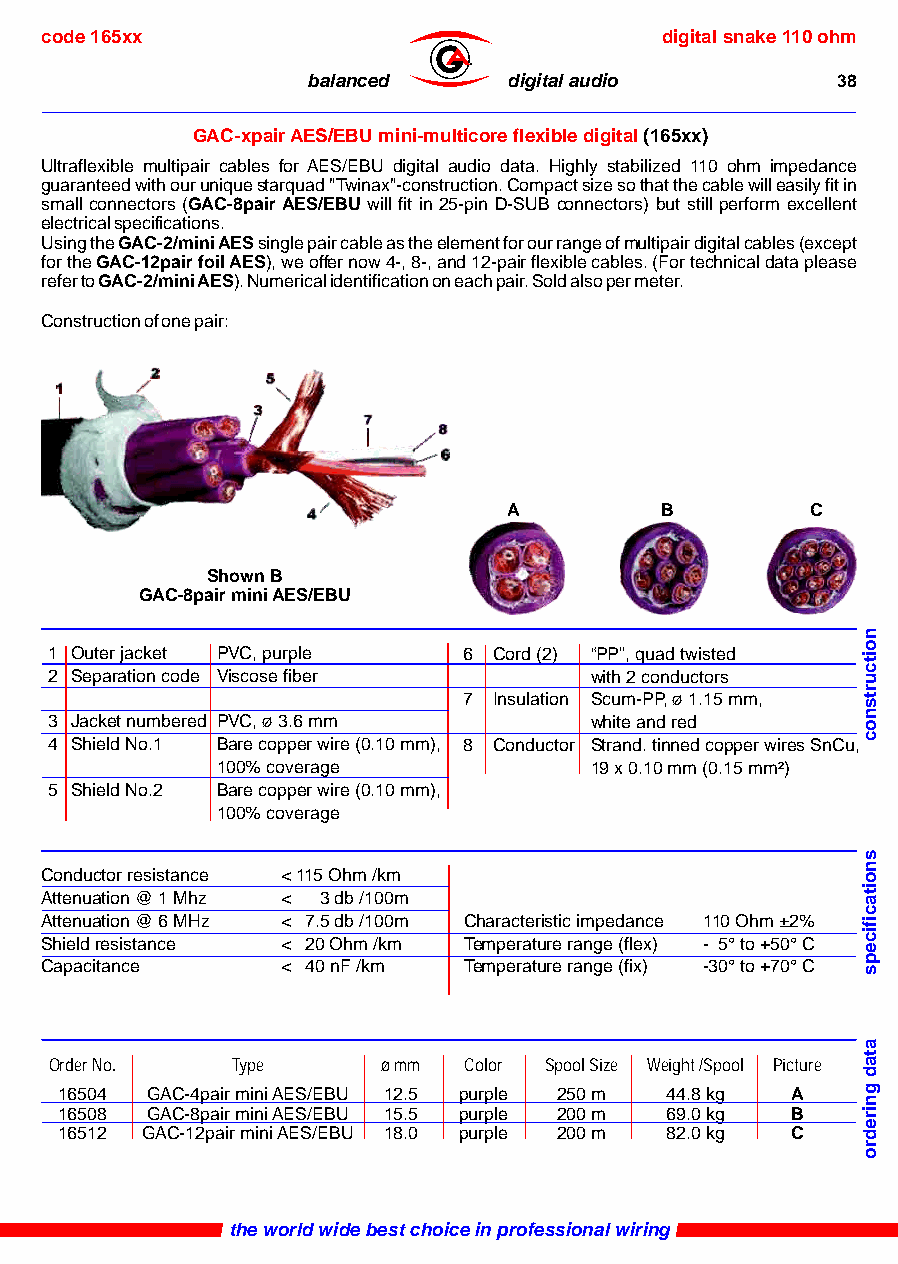
code 165xx                               digital snake 110 ohm
 ®
 balanced      digital audio        38
 GAC-xpair AES/EBU mini-multicore flexible digital (165xx)
 Ultraflexible multipair cables for AES/EBU digital audio data. Highly stabilized 110 ohm impedance
 guaranteed with our unique starquad "Twinax"-construction. Compact size so that the cable will easily fit in
 small connectors (GAC-8pair AES/EBU will fit in 25-pin D-SUB connectors) but still perform excellent
 electrical specifications.
 Using the GAC-2/mini AES single pair cable as the element for our range of multipair digital cables (except
 for the GAC-12pair foil AES), we offer now 4-, 8-, and 12-pair flexible cables. (For technical data please
 refer to GAC-2/mini AES). Numerical identification on each pair. Sold also per meter.
 Construction of one pair:
 A         B         C
 Shown B
 GAC-8pair mini AES/EBU
 1 Outer jacket PVC, purple  6 Cord (2) “PP”, quad twisted
 2 Separation code Viscose fiber     with 2 conductors
 7 Insulation Scum-PP, ø 1.15 mm,
 3 Jacket numbered PVC, ø 3.6 mm     white and red
 4 Shield No.1 Bare copper wire (0.10 mm), 8 Conductor Strand. tinned copper wires SnCu,
 100% coverage            19 x 0.10 mm (0.15 mm²)
 5 Shield No.2 Bare copper wire (0.10 mm),
 100% coverage
 Conductor resistance < 115 Ohm /km
 Attenuation @ 1 Mhz < 3 db /100m
 Attenuation @ 6 MHz < 7.5 db /100m Characteristic impedance 110 Ohm ±2%
 Shield resistance < 20 Ohm /km Temperature range (flex) - 5° to +50° C
 Capacitance     < 40 nF /km Temperature range (fix) -30° to +70° C
 Order No.   Type      ø mm  Color Spool Size Weight /Spool Picture
 16504 GAC-4pair mini AES/EBU 12.5 purple 250 m 44.8 kg A
 16508 GAC-8pair mini AES/EBU 15.5 purple 200 m 69.0 kg B
 16512 GAC-12pair mini AES/EBU 18.0 purple 200 m 82.0 kg C
 the world wide best choice in professional wiring
 noitcurtsnoc
 snoitacificeps
 atad
 gniredro